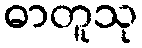
ဓာတူသု